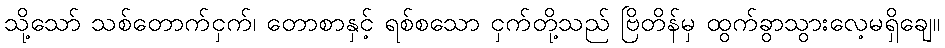
သို့သော် သစ်တောက်ငှက်၊ တောစာနှင့် ရစ်စသော ငှက်တို့သည် ဗြိတိန်မှ ထွက်ခွာသွားလေ့မရှိချေ။